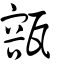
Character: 㼸